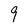
Character: 9